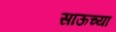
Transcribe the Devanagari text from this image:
साऊच्या